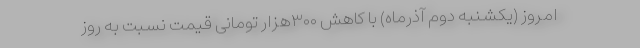
امروز (یکشنبه دوم آذرماه) با کاهش ۳۰۰هزار تومانی قیمت نسبت به روز